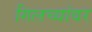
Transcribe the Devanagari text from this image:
गिलच्यांवर